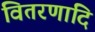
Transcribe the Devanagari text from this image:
वितरणादि